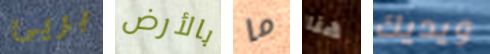
بريئ بالأرض ما هنا ويديك